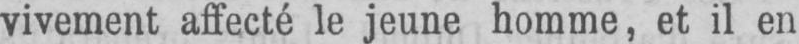
vivement affecté le jeune homme, et il en